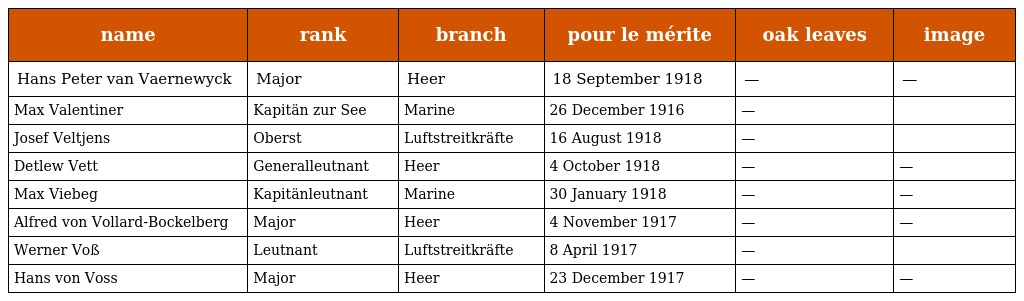
| name | rank | branch | pour le mérite | oak leaves | image |
 | --- | --- | --- | --- | --- | --- |
 | Hans Peter van Vaernewyck | Major | Heer | 18 September 1918 | — | — |
 | Max Valentiner | Kapitän zur See | Marine | 26 December 1916 | — |  |
 | Josef Veltjens | Oberst | Luftstreitkräfte | 16 August 1918 | — |  |
 | Detlew Vett | Generalleutnant | Heer | 4 October 1918 | — | — |
 | Max Viebeg | Kapitänleutnant | Marine | 30 January 1918 | — | — |
 | Alfred von Vollard-Bockelberg | Major | Heer | 4 November 1917 | — | — |
 | Werner Voß | Leutnant | Luftstreitkräfte | 8 April 1917 | — |  |
 | Hans von Voss | Major | Heer | 23 December 1917 | — | — |